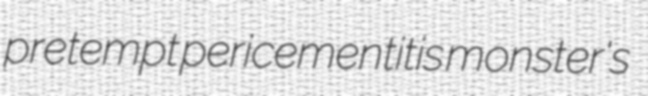
pretempt pericementitis monster's